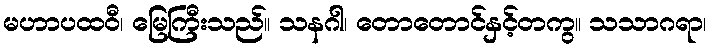
မဟာပထဝီ၊ မြေကြီးသည်။ သနဂါ၊ တောတောင်နှင့်တကွ။ သသာဂရာ၊